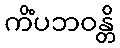
ကိံပဘဝန္တိ